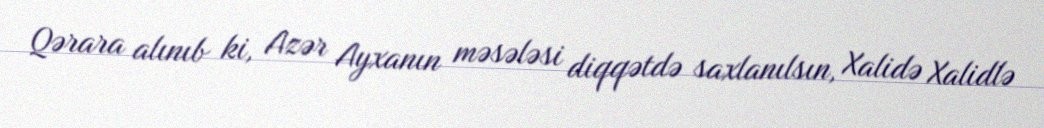
Qərara alınıb ki, Azər Ayxanın məsələsi diqqətdə saxlanılsın, Xalidə Xalidlə